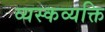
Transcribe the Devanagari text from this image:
व्यस्कव्यक्ति